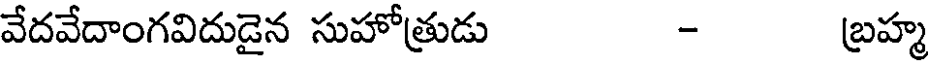
వేదవేదాంగవిదుడైన సుహోత్రుడు - బ్రహ్మ